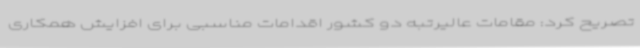
تصریح کرد: مقامات عالیرتبه دو کشور اقدامات مناسبی برای افزایش همکاری